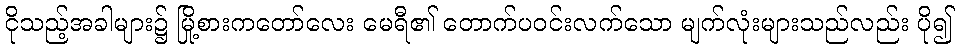
ငိုသည့်အခါများ၌ မြို့စားကတော်လေး မေရီ၏ တောက်ပဝင်းလက်သော မျက်လုံးများသည်လည်း ပို၍